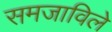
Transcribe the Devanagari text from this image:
समजाविले